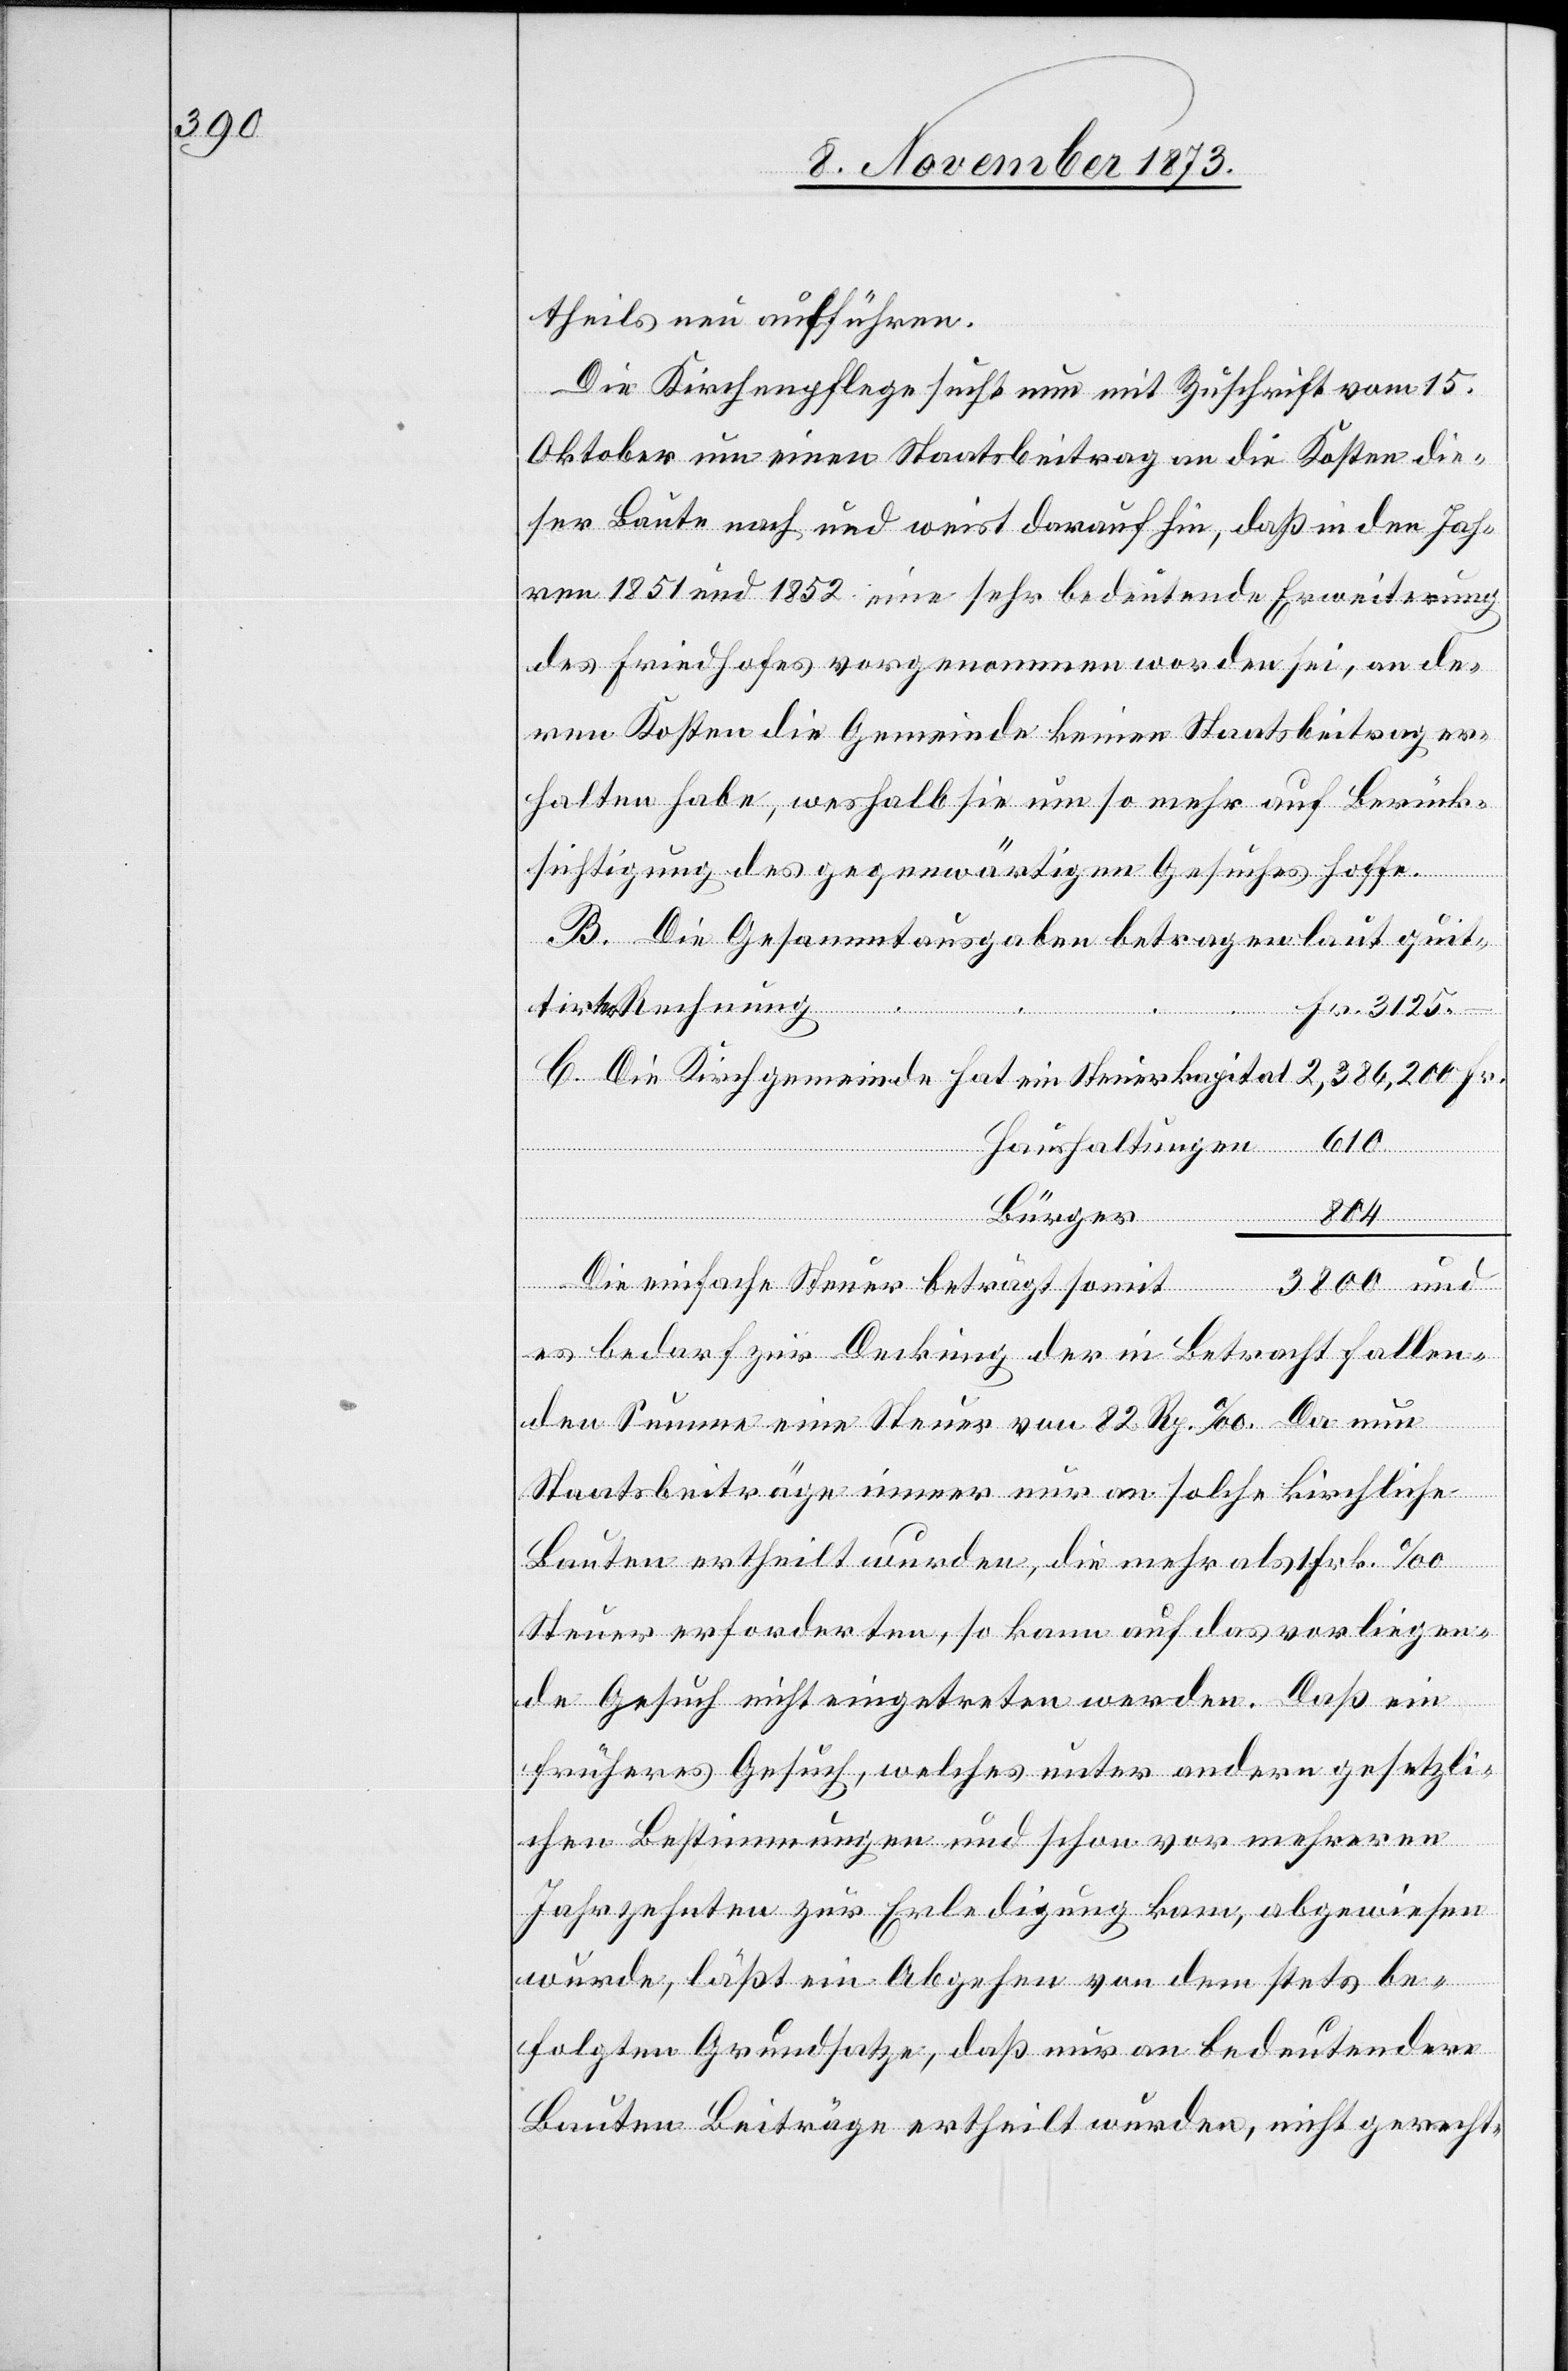
theils neu aufführen.
Die Kirchenpflege sucht nun mit Zuschrift vom 15.
Oktober um einen Staatsbeitrag an die Kosten die¬
ser Baute nach und weist darauf hin, daß in den Jah¬
ren 1851 und 1852 eine sehr bedeutende Erweiterung
des Friedhofes vorgenommen worden sei, an de¬
ren Kosten die Gemeinde keinen Staatsbeitrag er¬
halten habe, weshalb sie um so mehr auf Berück¬
sichtigung des gegenwärtigen Gesuches hoffe.
B. Die Gesammtausgaben betragen laut quit¬
tirter Rechnung
Fr. 3 125
C. Die Kirchgemeinde hat ein Steuerkapital	2,386,200 Fr.
610
Haushaltungen
Bürger
804
800 und
Die einfache Steuer beträgt somit	3
es bedarf zur Deckung der in Betracht fallen¬
den Summe eine Steuer von 82 Rp.‰. Da nun
Staatsbeiträge immer nur an solche kirchliche
Bauten ertheilt wurden, die mehr als 1 Frk.‰
Steuer erforderten, so kann auf das vorliegen¬
de Gesuch nicht eingetreten werden. Daß ein
früheres Gesuch, welches unter andern gesetzli¬
chen Bestimmungen und schon vor mehreren
Jahrzehnten zur Erledigung kam, abgewiesen
wurde, läßt ein Abgehen von dem stets be¬
folgten Grundsatze, daß nur an bedeutendere
Bauten Beiträge ertheilt wurden, nicht gerecht-